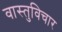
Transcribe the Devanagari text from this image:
वास्तुविचार